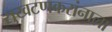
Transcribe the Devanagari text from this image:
सुखटणकरांनाला